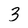
Character: 3